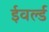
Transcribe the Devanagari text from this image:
ईवर्ल्ड